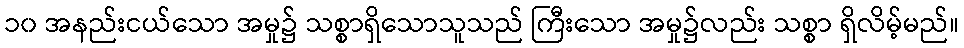
၁၀ အနည်းငယ်သော အမှု၌ သစ္စာရှိသောသူသည် ကြီးသော အမှု၌လည်း သစ္စာ ရှိလိမ့်မည်။